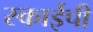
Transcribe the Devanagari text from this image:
स्काईपी